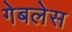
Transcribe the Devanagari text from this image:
गेबलेस